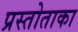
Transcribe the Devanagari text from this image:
प्रस्तोताका